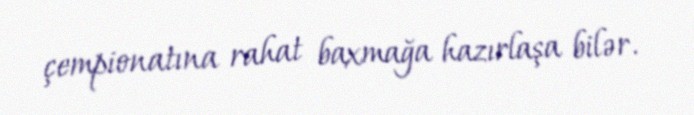
çempionatına rahat baxmağa hazırlaşa bilər.